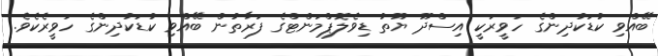
ބޭއްވި ކުޑަކުދިންގެ ހަވީރަކީ އިސްދޫ ޔޫތު ޑިވެލޮޕްމަންޓްގެ ފަރާތުން ބޭއްވި ކުޑަކުދިންގެ ހަވީރެކެވެ.